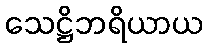
သေဋ္ဌိဘရိယာယ